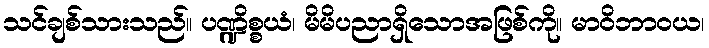
သင်ချစ်သားသည်။ ပဏ္ဍိစ္စယံ၊ မိမိပညာရှိသောအဖြစ်ကို။ မာဝိဘာဝယ၊